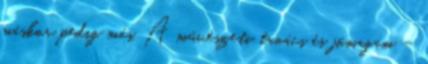
máskor pedig más. A művészeti tanács és jómagam –